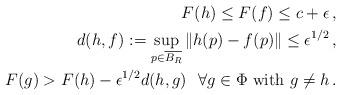
LaTeX: \begin{align*}F(h) \leq F(f) \leq c + \epsilon~\!,\\d(h,f):=\sup_{p \in \overline{B_R}} \|h(p)-f(p) \| \le \epsilon^{1/2}~\!,\\F(g)>F(h) - \epsilon^{1/2} d(h,g)~~\forall g \in \Phi \ \hbox{with} \ g\neq h~\!.\end{align*}